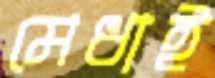
মেধাই